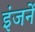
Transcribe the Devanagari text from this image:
इंजनें